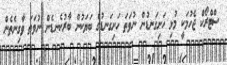
ސްޓްރޯކް ޖެހުމަކީ މުޅި ހަށިގަނޑުން ނުވަތަ ހަށިގަނޑުގެ ބަޔަކުން ބާރުކެނޑެން ނުވަތަ ވާގިނެތެން